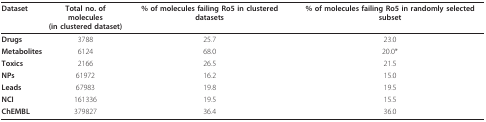
| Dataset | Total no. of molecules(in clustered dataset) | % of molecules failing Ro5 in clustered datasets | % of molecules failing Ro5 in randomly selected subset |
 | --- | --- | --- | --- |
 | Drugs | 3788 | 25.7 | 23.0 |
 | Metabolites | 6124 | 68.0 | 20.0* |
 | Toxics | 2166 | 26.5 | 21.5 |
 | NPs | 61972 | 16.2 | 15.0 |
 | Leads | 67983 | 19.8 | 19.5 |
 | NCI | 161336 | 19.5 | 15.5 |
 | ChEMBL | 379827 | 36.4 | 36.0 |